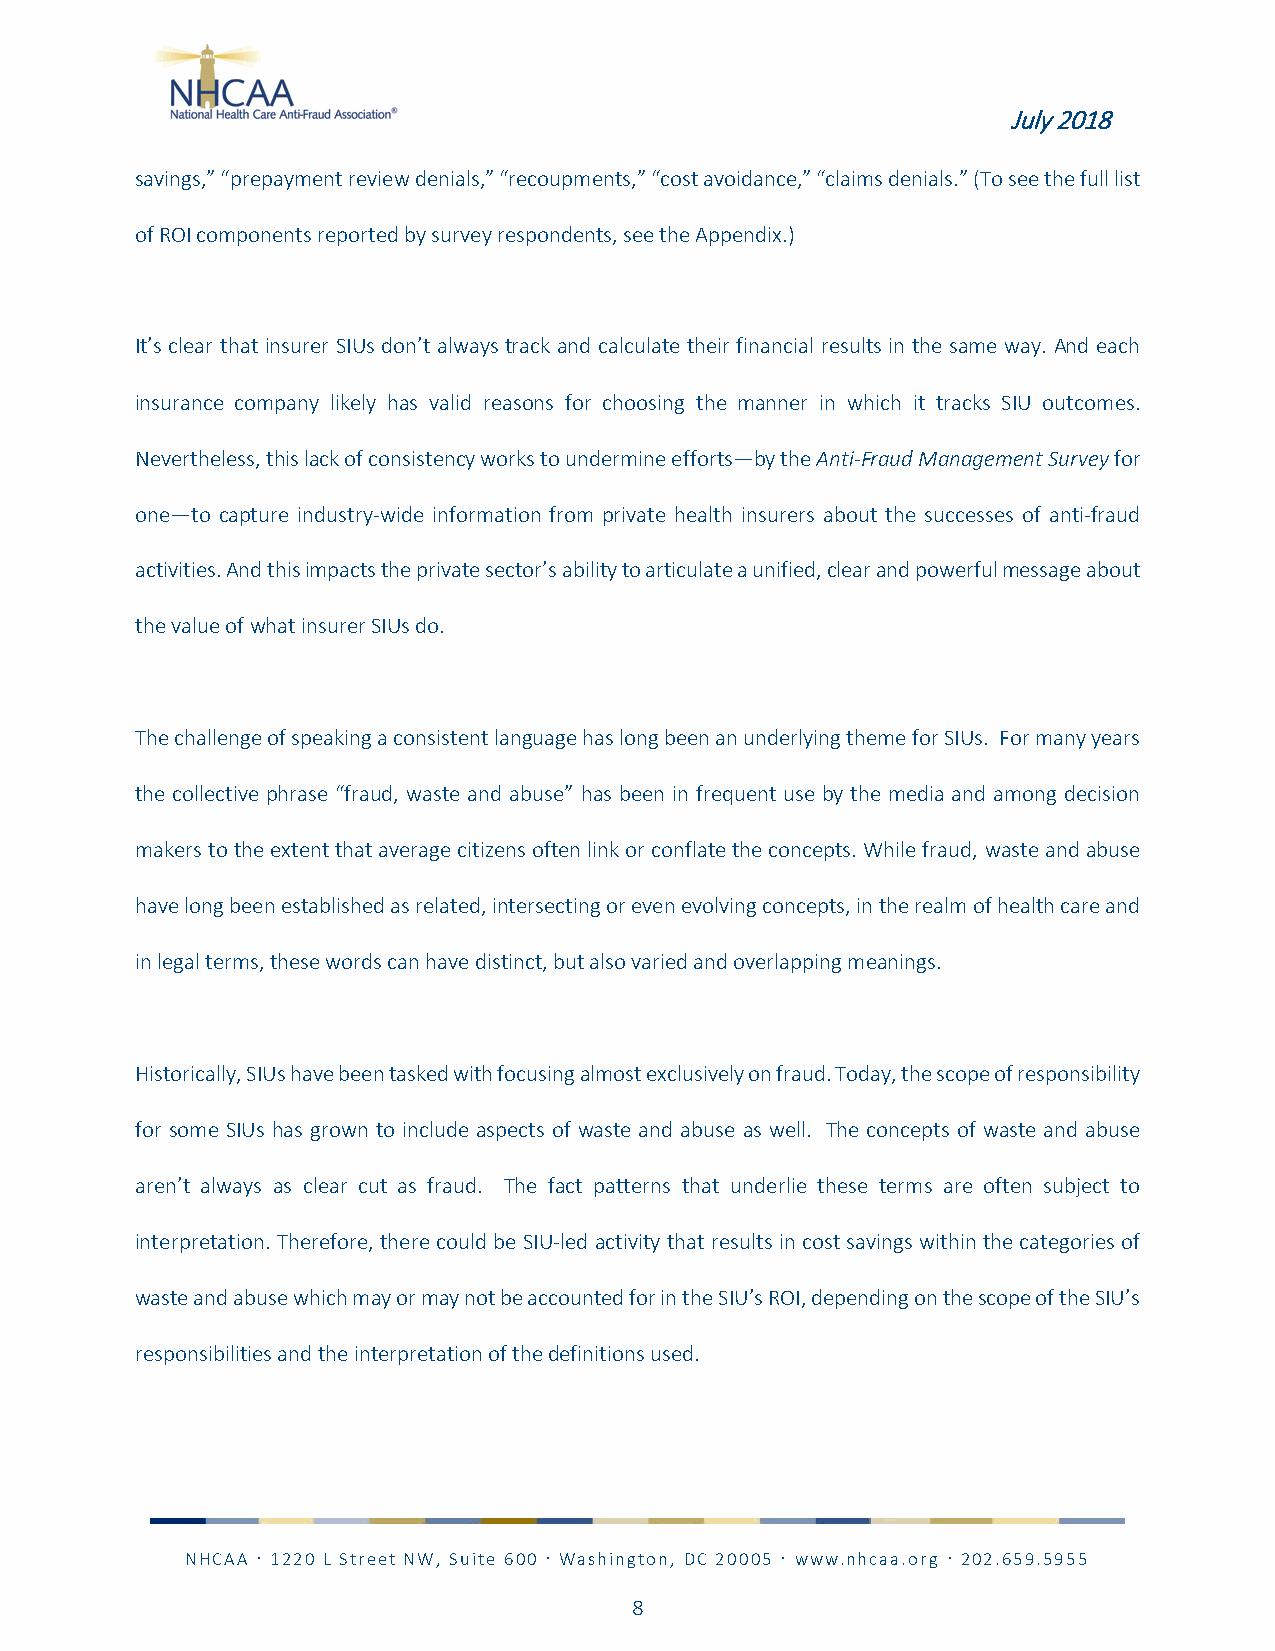
July 2018
 savings,” “prepayment review denials,” “recoupments,” “cost avoidance,” “claims denials.” (To see the full list
 of ROI components reported by survey respondents, see the Appendix.)
 It’s clear that insurer SIUs don’t always track and calculate their financial results in the same way. And each
 insurance company likely has valid reasons for choosing the manner in which it tracks SIU outcomes.
 Nevertheless, this lack of consistency works to undermine efforts—by the Anti-Fraud Management Survey for
 one—to capture industry-wide information from private health insurers about the successes of anti-fraud
 activities. And this impacts the private sector’s ability to articulate a unified, clear and powerful message about
 the value of what insurer SIUs do.
 The challenge of speaking a consistent language has long been an underlying theme for SIUs. For many years
 the collective phrase “fraud, waste and abuse” has been in frequent use by the media and among decision
 makers to the extent that average citizens often link or conflate the concepts. While fraud, waste and abuse
 have long been established as related, intersecting or even evolving concepts, in the realm of health care and
 in legal terms, these words can have distinct, but also varied and overlapping meanings.
 Historically, SIUs have been tasked with focusing almost exclusively on fraud. Today, the scope of responsibility
 for some SIUs has grown to include aspects of waste and abuse as well. The concepts of waste and abuse
 aren’t always as clear cut as fraud. The fact patterns that underlie these terms are often subject to
 interpretation. Therefore, there could be SIU-led activity that results in cost savings within the categories of
 waste and abuse which may or may not be accounted for in the SIU’s ROI, depending on the scope of the SIU’s
 responsibilities and the interpretation of the definitions used.
 NHCAA  1220 L Street NW, Suite 600  Washington, DC 20005  www.nhcaa.org  202.659.5955
 8